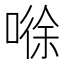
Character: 𰈘